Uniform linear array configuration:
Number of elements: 8
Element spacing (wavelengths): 0.5
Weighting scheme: kaiser
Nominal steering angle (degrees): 45
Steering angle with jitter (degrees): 45.463
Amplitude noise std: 0.05
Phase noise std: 0.05

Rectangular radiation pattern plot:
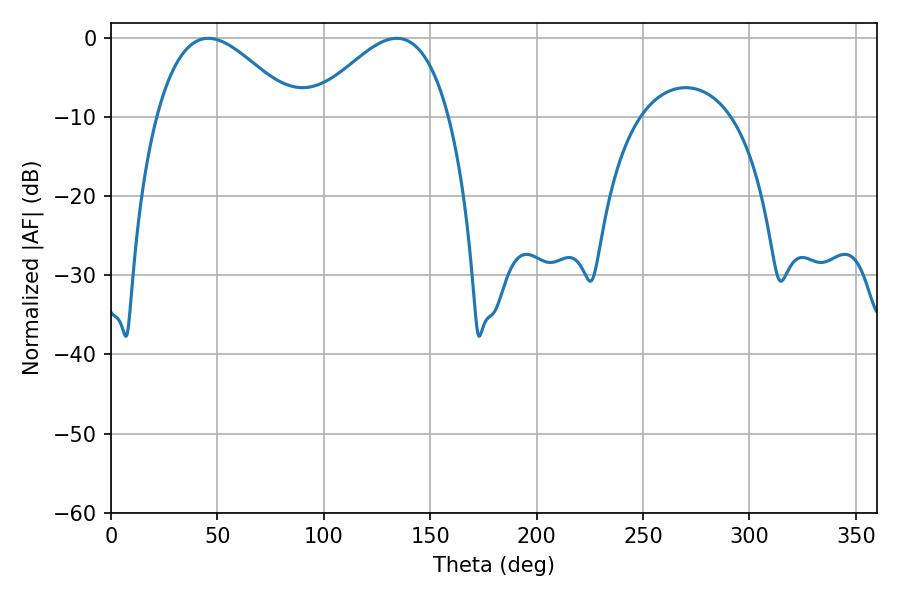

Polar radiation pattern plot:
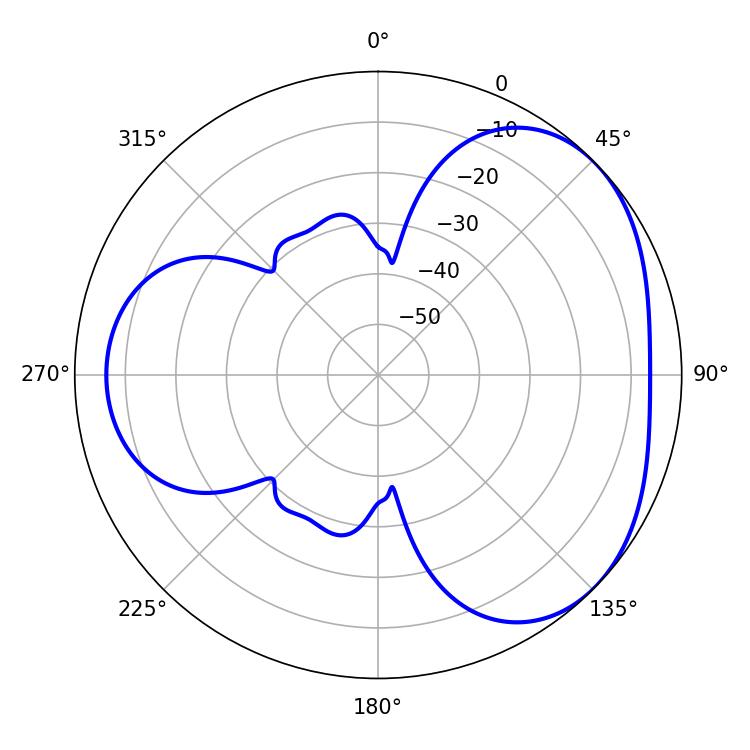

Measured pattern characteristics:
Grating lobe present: FALSE
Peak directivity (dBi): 3.627
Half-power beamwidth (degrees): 35.1
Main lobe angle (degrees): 134.28